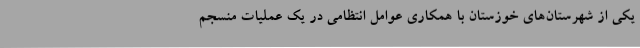
یکی از شهرستان‌های خوزستان با همکاری عوامل انتظامی در یک عملیات منسجم